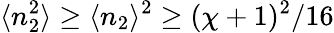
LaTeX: \langle n_{2}^{2}\rangle\geq\langle n_{2}\rangle^{2}\geq(\chi+1)^{2}/16